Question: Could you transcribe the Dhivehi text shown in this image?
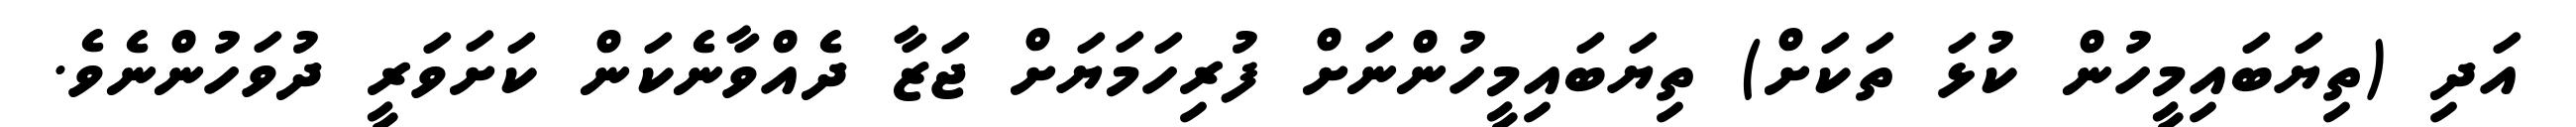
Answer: އަދި (ތިޔަބައިމީހުން ކުޅަ ތަކަށް) ތިޔަބައިމީހުންނަށް ފުރިހަމަޔަށް ޖަޒާ ދެއްވާނެކަން ކަށަވަރީ ދުވަހުންނެވެ.